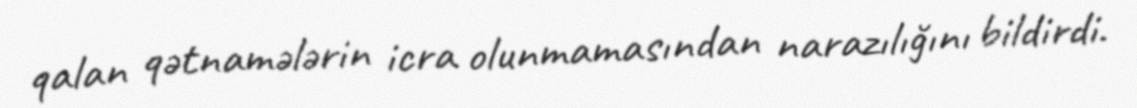
qalan qətnamələrin icra olunmamasından narazılığını bildirdi.